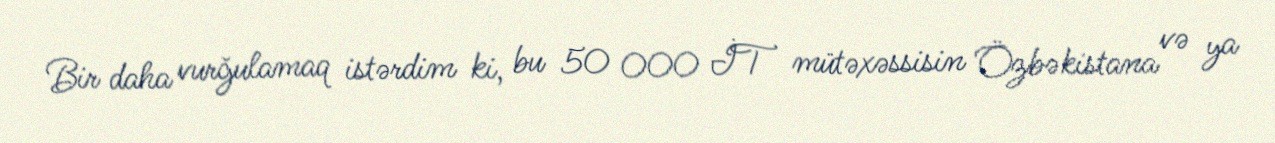
Bir daha vurğulamaq istərdim ki, bu 50 000 İT mütəxəssisin Özbəkistana və ya